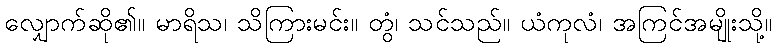
လျှောက်ဆို၏။ မာရိသ၊ သိကြားမင်း။ တွံ၊ သင်သည်။ ယံကုလံ၊ အကြင်အမျိုးသို့။